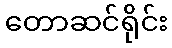
တောဆင်ရိုင်း